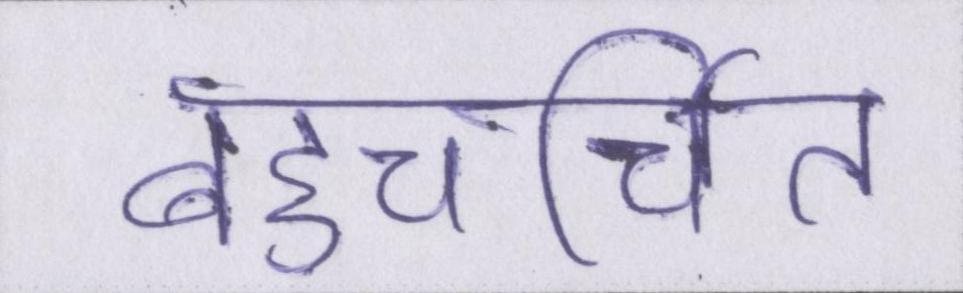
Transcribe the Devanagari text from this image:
बहुचर्चित